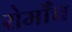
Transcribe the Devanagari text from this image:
रोमाँच